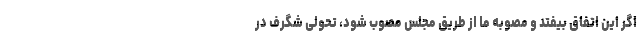
اگر این اتفاق بیفتد و مصوبه ما از طریق مجلس مصوب شود، تحولی شگرف در